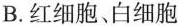
B.红细胞、白细胞